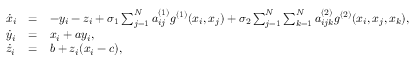
\begin{array} { l l l } { \dot { x } _ { i } } & { = } & { - y _ { i } - z _ { i } + \sigma _ { 1 } \sum _ { j = 1 } ^ { N } a _ { i j } ^ { ( 1 ) } { g } ^ { ( 1 ) } ( x _ { i } , x _ { j } ) + \sigma _ { 2 } \sum _ { j = 1 } ^ { N } \sum _ { k = 1 } ^ { N } a _ { i j k } ^ { ( 2 ) } { g } ^ { ( 2 ) } ( x _ { i } , x _ { j } , x _ { k } ) , } \\ { \dot { y } _ { i } } & { = } & { x _ { i } + a y _ { i } , } \\ { \dot { z } _ { i } } & { = } & { b + z _ { i } ( x _ { i } - c ) , } \end{array}